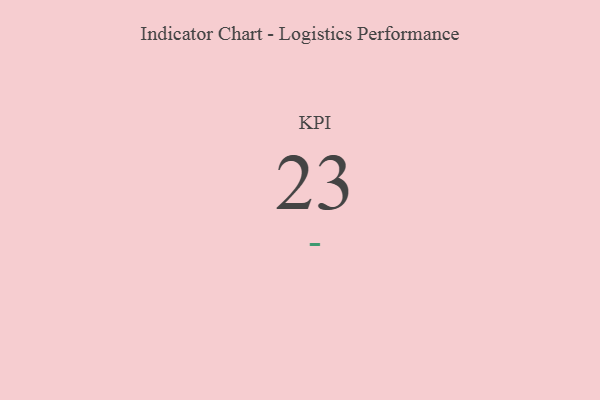
{"axis": {"x": "KPI", "y": "Value"}, "legend": [""], "data": [{"x": "KPI", "y": 23, "type": ""}]}